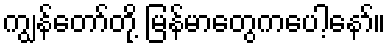
ကျွန်တော်တို့ မြန်မာတွေကပေါ့နော်။